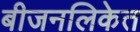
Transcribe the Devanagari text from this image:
बीजनलिकेत